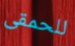
للحمقى